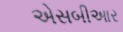
એસબીઆર